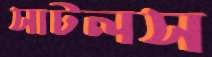
সাটলস